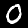
Label: 0